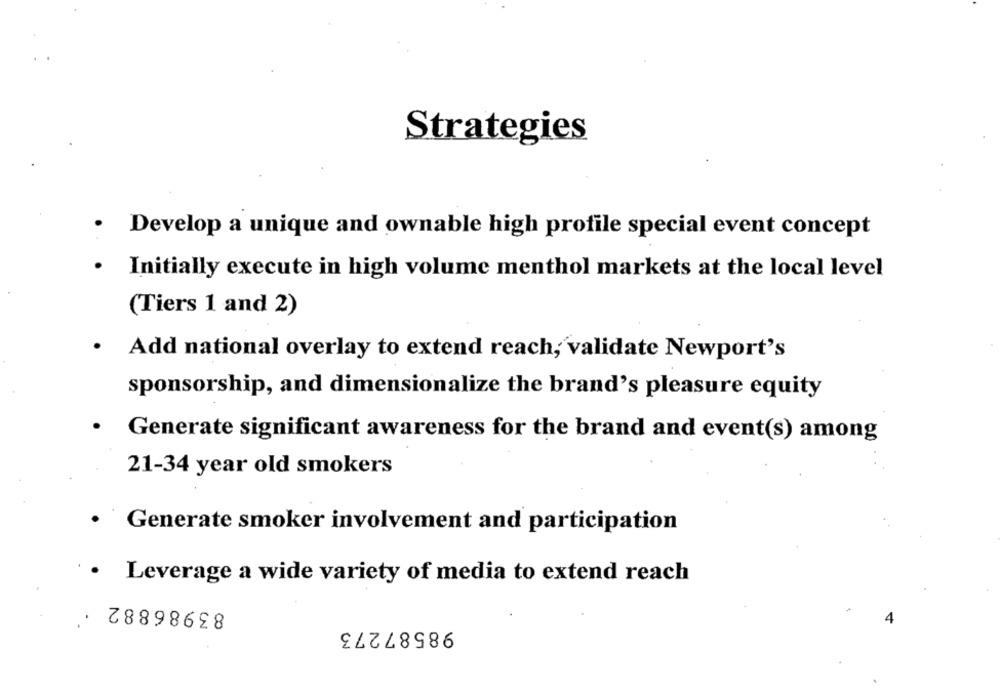
Strategies
· Develop a unique and ownable high profile special event concept
. Initially execute in high volume menthol markets at the local level
(Tiers 1 and 2)
Add national overlay to extend reach, validate Newport's
sponsorship, and dimensionalize the brand's pleasure equity
Generate significant awareness for the brand and event(s) among
21-34 year old smokers
Generate smoker involvement and participation
Leverage a wide variety of media to extend reach
83986882
98587273
4